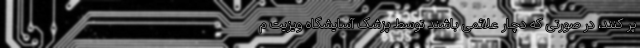
پر کنند، در صورتی که دچار علائمی باشند توسط پزشک آسایشگاه ویزیت م